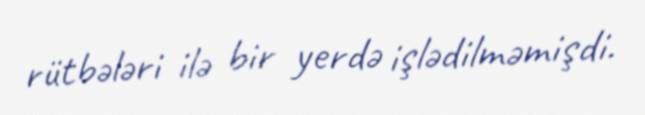
rütbələri ilə bir yerdə işlədilməmişdi.